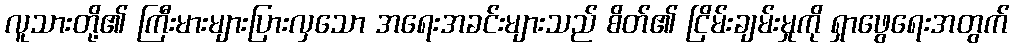
လူသားတို့၏ ကြီးမားများပြားလှသော အရေးအခင်းများသည် စိတ်၏ ငြိမ်းချမ်းမှုကို ရှာဖွေရေးအတွက်